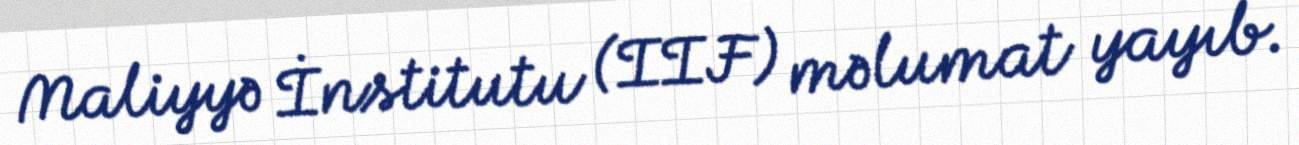
Maliyyə İnstitutu (IIF) məlumat yayıb.